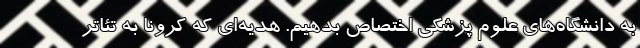
به دانشگاه‌های علوم پزشکی اختصاص بدهیم. هدیه‌ای که کرونا به تئاتر